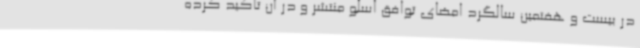
در بیست و هفتمین سالگرد امضای توافق اسلو منتشر و در آن تاکید کرده